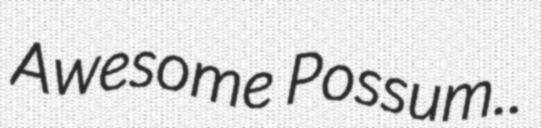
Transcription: Awesome Possum..